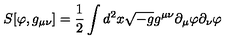
S [ \varphi , g _ { \mu \nu } ] = \frac { 1 } { 2 } \int d ^ { 2 } x \sqrt { - g } g ^ { \mu \nu } \partial _ { \mu } \varphi \partial _ { \nu } \varphi